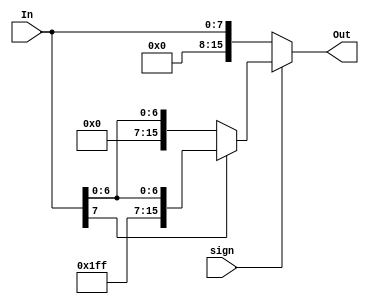
module extend8_16(In, Out, sign);

//This unit takes a 8 bit input and either sign extends or
//zero extends the input to 16bits (sign = 1 = sign extension)
input sign;
input [7:0] In;
output [15:0] Out;

assign Out = (sign == 1) ? ((In[7] == 1'b1) ? {8'hFF,In} : {8'h00,In}) : {8'h00,In};
			                
						 							   
endmodule